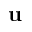
\mathbf { u }